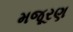
મજૂરણ